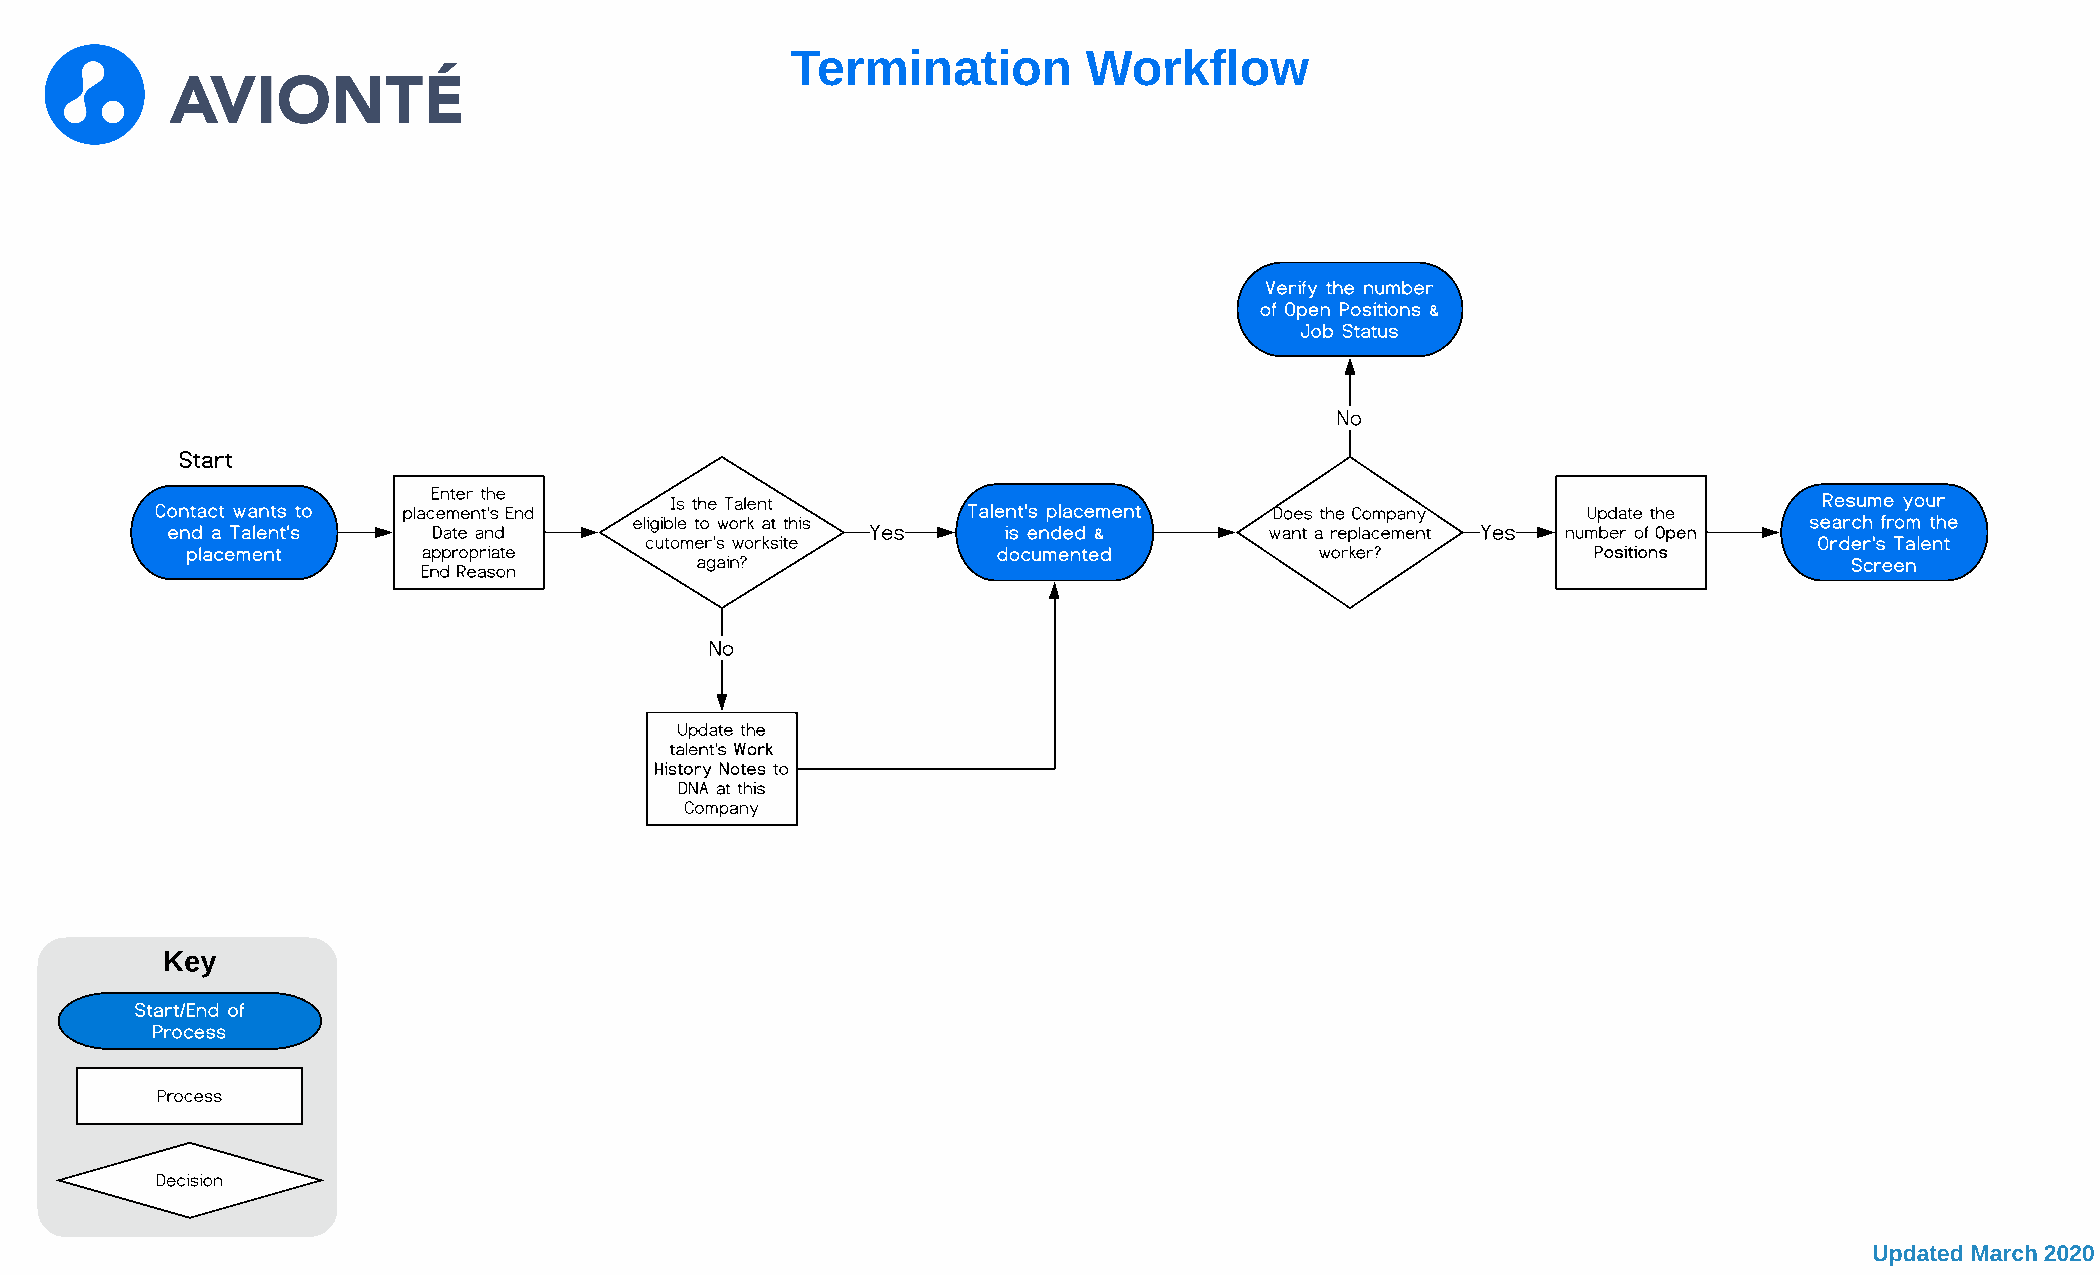
Termination         Workflow
 Verify the number
 of Open Positions &
 Job Status
 No
 Start
 Contact wants to placE en mte er n t th 'se E nd Is the Talent Talent's placement Does the Company Update the  Resume your
 eligible to work at this                                                      search from the
 end a Talent's    Date and                     Yes     is ended &        want a replacement Yes number of Open
 cutomer's worksite                                                           Order's Talent
 placement       appropriate                           documented           worker?            Positions
 again?                                                                       Screen
 End Reason
 No
 Update the
 talent's Work
 History Notes to
 DNA at this
 Company
 Key
 Start/End of
 Process
 Process
 Decision
 Updated March 2020